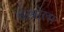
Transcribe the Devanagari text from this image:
इस्रोला